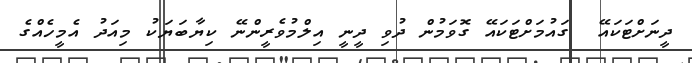
ދީނަށްޓަކައޭ  ގައުމަށްޓަކައޭ ގޮވަމުން ދުވި ދީނީ އިލްމުވެރީންނޭ ކިޔާބަޔަކު މިއަދު އެމީހެއްގެ